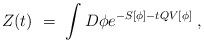
LaTeX: \begin{align*}Z(t) \ = \ \int D \phi e^{-S[\phi]-tQ V[\phi]} \; ,\end{align*}